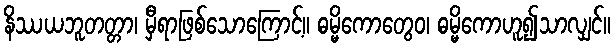
နိဿယဘူတတ္တာ၊ မှီရာဖြစ်သောကြောင့်။ ဓမ္မိကောတွေဝ၊ ဓမ္မိကောဟူ၍သာလျှင်။